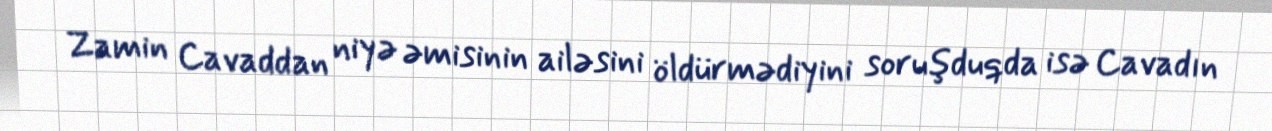
Zamin Cavaddan niyə əmisinin ailəsini öldürmədiyini soruşduqda isə Cavadın